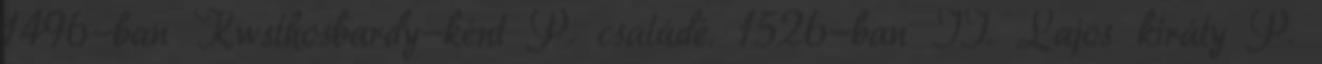
1496-ban Kwsthosbardy-ként P. családé. 1526-ban II. Lajos király P.